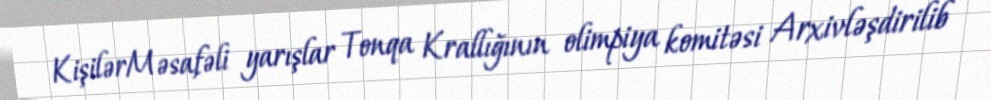
KişilərMəsafəli yarışlar Tonqa Krallığının olimpiya komitəsi Arxivləşdirilib